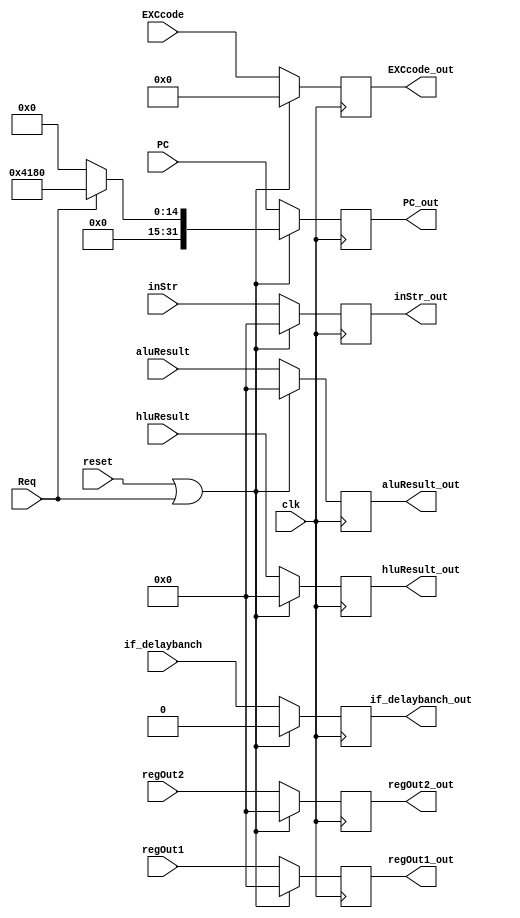
`timescale 1ns / 1ps

module Mreg(
  input clk,
  input reset,
  input Req,

  input [31:0] PC,
  input [31:0] inStr,

  input [31:0] aluResult,
  input [31:0] hluResult,
  input [31:0] regOut1,
  input [31:0] regOut2,
  input [4:0] EXCcode,
  input if_delaybanch,

  output reg [31:0] PC_out,
  output reg [31:0] inStr_out,

  output reg [31:0] aluResult_out,
  output reg [31:0] hluResult_out,
  output reg [31:0] regOut1_out,
  output reg [31:0] regOut2_out,
  output reg [4:0] EXCcode_out,
  output reg if_delaybanch_out
    );

always @(posedge clk) begin
  if(reset==1 || Req==1) begin
    PC_out<= Req ? 32'h0000_4180 : 0;
    inStr_out<=0;
    aluResult_out<=0;
    hluResult_out<=0;
    regOut1_out<=0;
    regOut2_out<=0;
    EXCcode_out<=0;
    if_delaybanch_out<=0;
  end

  else begin
    PC_out<=PC;
    inStr_out<=inStr;
    aluResult_out<=aluResult;
    hluResult_out<=hluResult;
    regOut1_out<=regOut1;
    regOut2_out<=regOut2;
    EXCcode_out<=EXCcode;
    if_delaybanch_out<=if_delaybanch;
  end
end

endmodule